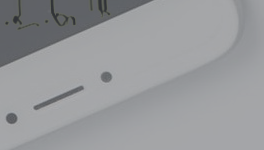
مركز لغسيل وكي الملابس بس